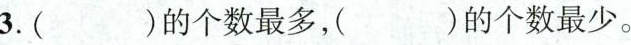
（3）（ ）的个数最多，（ ）的个数最少。